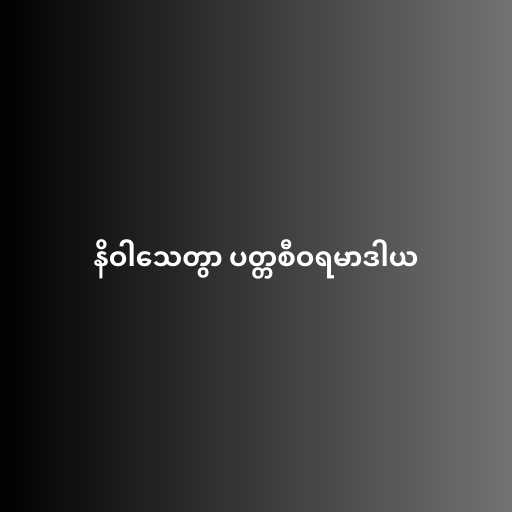
နိဝါသေတွာ ပတ္တစီဝရမာဒါယ